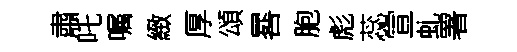
肅吒嘱緻厚頌晷胞彪蕊宣虬署